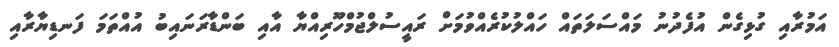
އަމުރާއި ގުޅިގެން އުފެދުނު މައްސަލަތައް ހައްލުކުރެއްވުމަށް ރައީސުލްޖުމްހޫރިއްޔާ އާއި ބަންޑާރަނައިބު އުއްތަމަ ފަނޑިޔާރާއި